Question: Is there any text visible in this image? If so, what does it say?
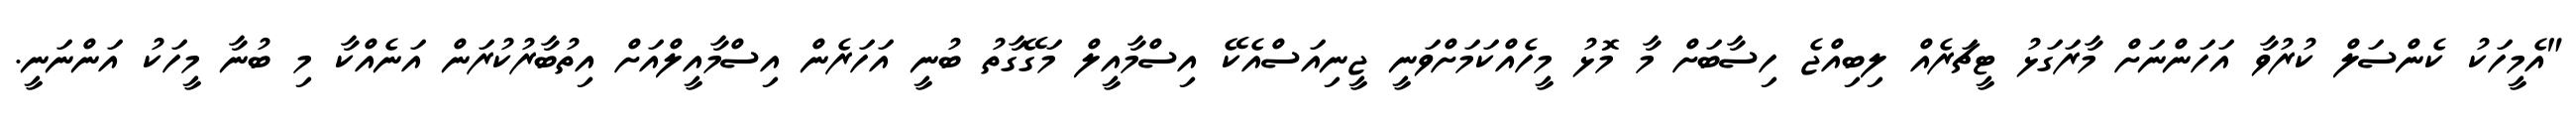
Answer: "އެމީހަކު ކެންސަލް ކުރުވާ އަހަންނަށް މާރަގަޅު ޓީޗަރެއް ލިބިއްޖެ ހިސާބަށް މާ މޮޅު މީހެއްކަމަށްވަނީ ޖީނިއަސްއެކޭ އިސްމާއީލް މަގޭގާތު ބުނީ އަހަރެން އިސްމާއީލްއަށް އިތުބާރުކުރަން އަނެއްކާ މި ބުނާ މީހަކު އަންނަނީ.